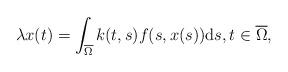
LaTeX: \begin{align*}\lambda x(t)=\int_{\overline{\Omega}} k(t,s)f(s,x(s)) \textup ds,t\in\overline{\Omega},\end{align*}